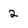
Character: 2